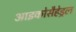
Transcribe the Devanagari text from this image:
आइकोसैहेड्रल